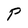
Character: P